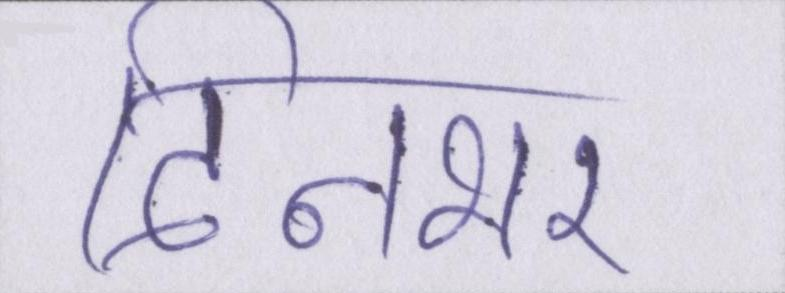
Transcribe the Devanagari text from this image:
दिनभर